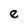
Character: e